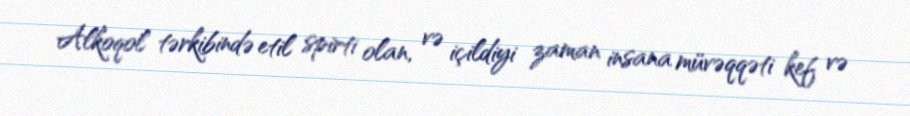
Alkoqol tərkibində etil spirti olan, və içildiyi zaman insana müvəqqəti kef və